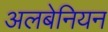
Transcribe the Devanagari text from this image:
अलबेनियन